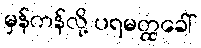
မှန်ကန်လို့ ပရမတ္ထခေါ်